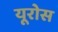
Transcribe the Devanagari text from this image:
यूरोस